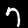
Digit: 7